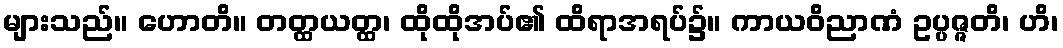
များသည်။ ဟောတိ။ တတ္ထယတ္ထ၊ ထိုထိုအပ်၏ ထိရာအရပ်၌။ ကာယဝိညာဏံ ဥပ္ပဇ္ဇတိ၊ ဟိ၊